Note on the mental hospitals in Burma - 1925-1940
Year: 1925
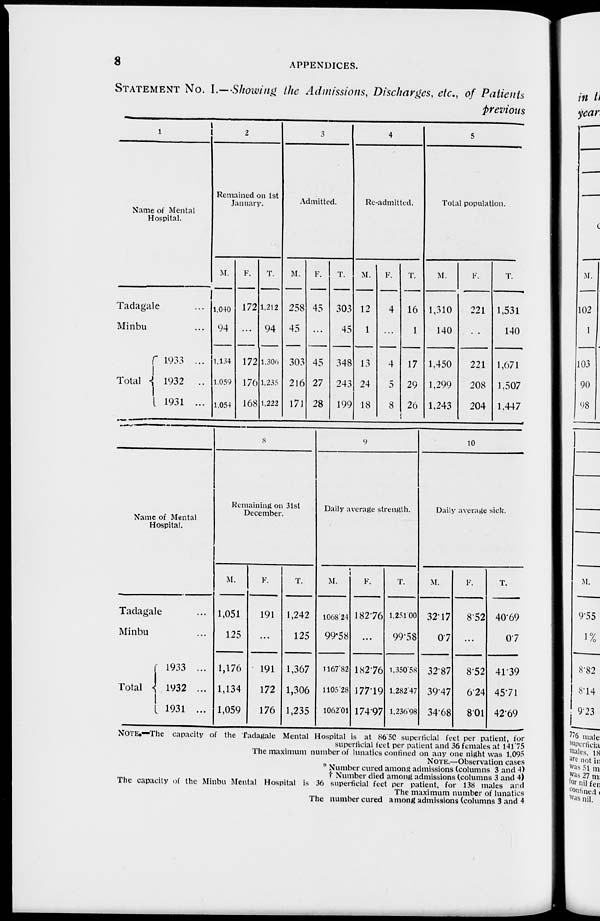
8
APPENDICES.
STATEMENT No. I.—Showing the Admissions, Discharges, etc., of Patients
previous
1
Name of Mental
Hospital.
Tadagale ...
Minbu ...
Total
1933 ...
1932 ...
1931 ...
2
Remained on 1st
January.
M.
1,040
94
1,134
1,059
1,054
F.
172
...
172
176
168
T.
1,212
94
1,306
1,235
1,222
3
Admitted.
M.
258
45
303
216
171
F.
45
...
45
27
28
T.
303
45
348
243
199
4
Re-admitted.
M.
12
1
13
24
18
F.
4
...
4
5
8
T.
16
1
17
29
26
5
Total population.
M.
1,310
140
1,450
1,299
1,243
F.
221
...
221
208
204
T.
1,531
140
1,671
1,507
1,447
Name of Mental
Hospital.
Tadagale ...
Minbu ...
Total
1933 ...
1932 ...
1931 ...
8
Remaining on 31st
December.
M.
1,051
125
1,176
1,134
1,059
F.
191
...
191
172
176
T.
1,242
125
1,367
1,306
1,235
9
Daily average strength.
M.
1068. 24
99.58
1167.82
1105.28
1062.01
F.
182.76
...
182.76
177.19
174.97
T.
1.25100
99.58
1,350.58
1,282.47
1,236.98
10
Daily average sick.
M.
32.17
0.7
32.87
39.47
34.68
F.
8.52
...
8.52
6.24
8.01
T.
40.69
0.7
41.39
45.71
42.69
NOTE.—The capacity of the Tadagale Mental Hospital is at 86.50 superficial feet per patient, for
superficial feet per patient and 36 females at 141.75
The maximum number of lunatics confined on any one night was 1,095
NOTE.—Observation cases
* Number cured among admissions (columns 3 and 4)
†
Number died among admissions (columns 3 and 4)
The capacity of the Minbu Mental Hospital is 36 superficial feet per patient, for 138 males and
The maximum number of lunatics
The number cured among admissions (columns 3 and 4